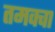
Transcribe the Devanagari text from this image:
तमक्वा